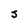
Character: J